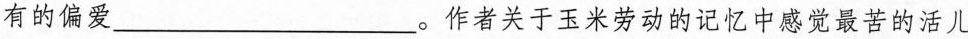
有的偏爱__________________。作者关于玉米劳动的记忆中感觉最苦的活儿